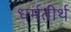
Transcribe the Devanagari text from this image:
धर्मतीर्थ